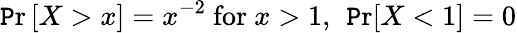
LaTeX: \operatorname*{\mathtt{P}r}\left[X>x\right]=x^{-2}{\mathrm{{~for~}}}x>1,\ \operatorname*{\mathtt{P}r}[X<1]=0